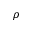
\boldsymbol \rho